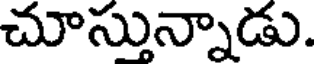
చూస్తున్నాడు.